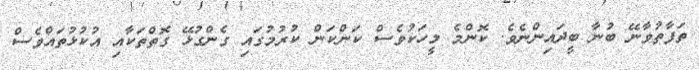
ތަފާތުވާނޭ ބުނާ ބީދައިންނެވެ. ކޮންމެ މީހަކުވެސް ކަންކަން ކުރުމުގައި ގެންގުޅޭ ގޮތްތަކާއި އުކުޅުތައްވެސް